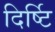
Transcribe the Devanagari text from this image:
दिर्ष्टि